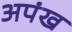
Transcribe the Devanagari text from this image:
अपंख